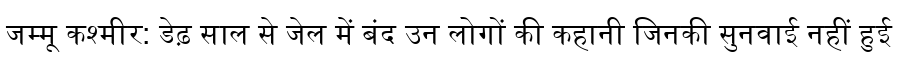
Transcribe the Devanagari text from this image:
जम्मू कश्मीर: डेढ़ साल से जेल में बंद उन लोगों की कहानी जिनकी सुनवाई नहीं हुई